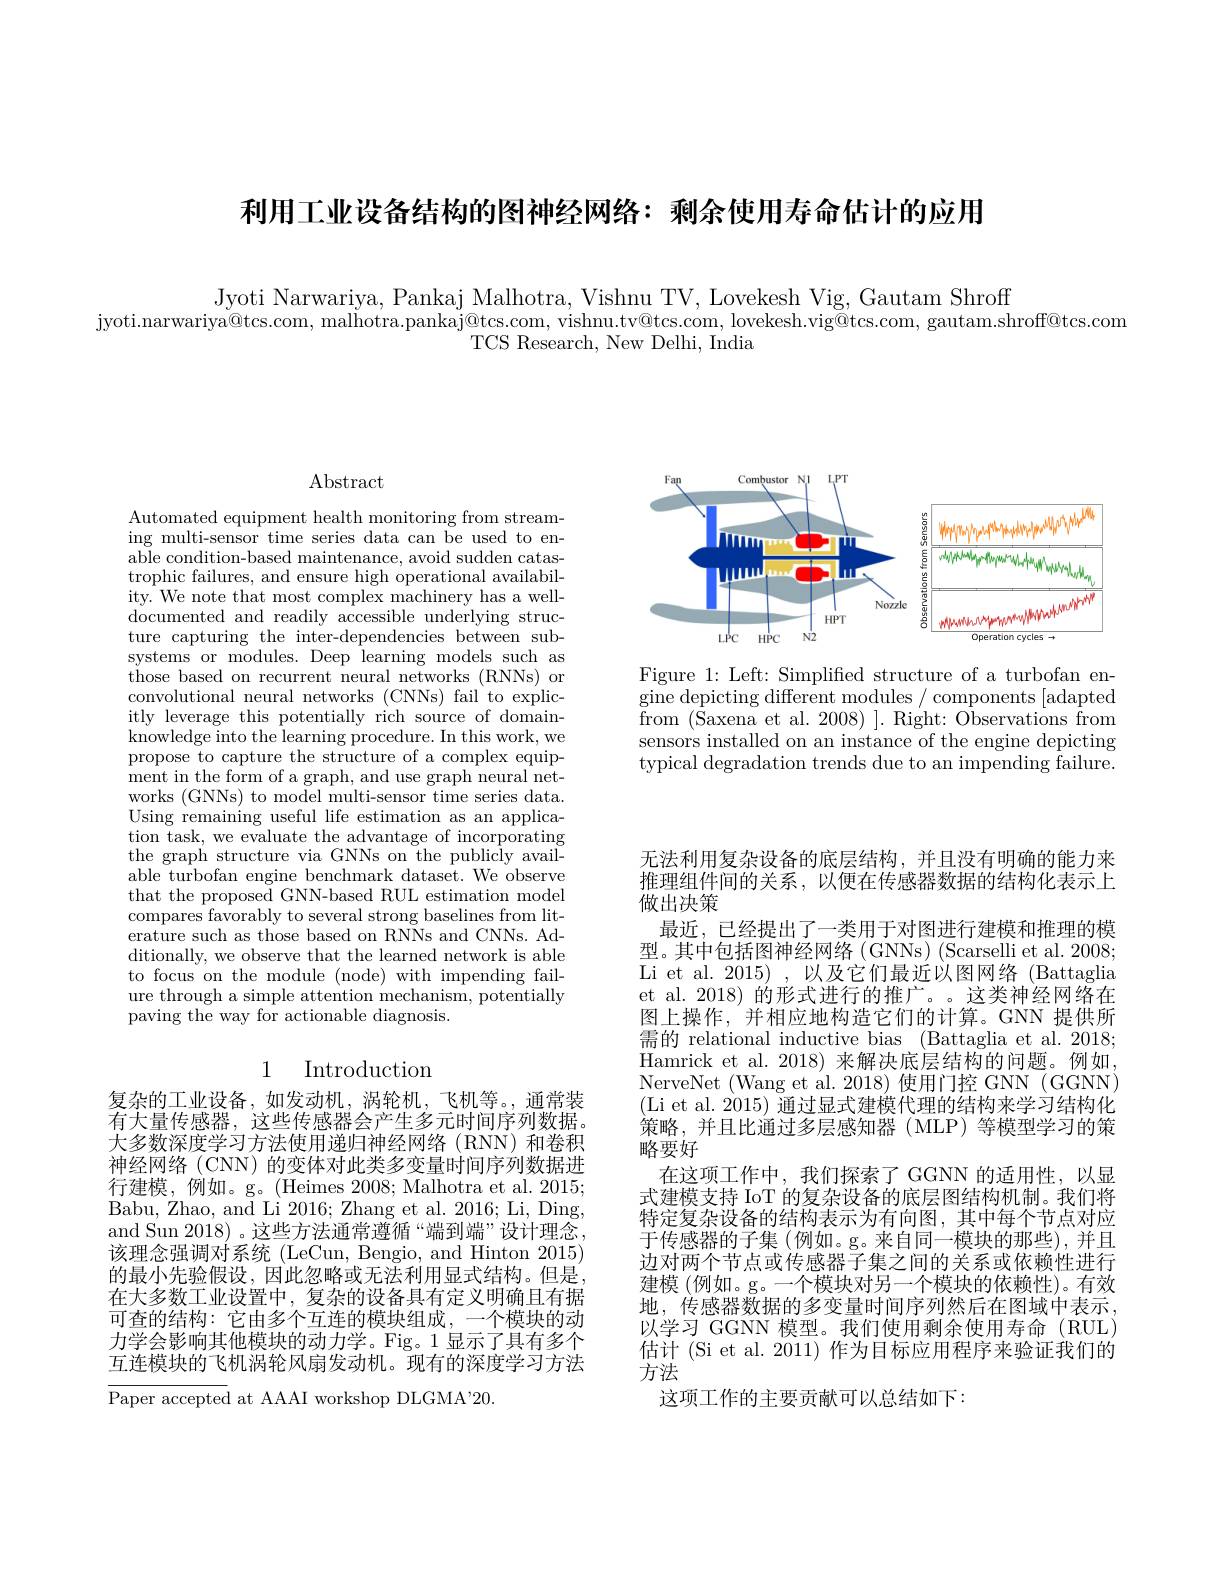
利用工业设备结构的图神经网络：剩余使用寿命估计的应用

Jyoti Narwariya, Pankaj Malhotra, Vishnu TV, Lovekesh Vig, Gautam Shroff
jyoti.narwariya@tcs.com, malhotra.pankaj@tcs.com, vishnu.tv@tcs.com, lovekesh.vig@tcs.com, gautam.shroff@tcs.com
TCS Research, New Delhi, India

<FigureHere>

Figure 1: Left: Simplified structure of a turbofan engine depicting different modules / components [adapted from (Saxena et al. 2008) ]. Right: Observations from sensors installed on an instance of the engine depicting typical degradation trends due to an impending failure.

# Abstract

Automated equipment health monitoring from streaming multi-sensor time series data can be used to enable condition-based maintenance, avoid sudden catastrophic failures, and ensure high operational availability. We note that most complex machinery has a welldocumented and readily accessible underlying structure capturing the inter-dependencies between subsystems or modules. Deep learning models such as those based on recurrent neural networks (RNNs) or convolutional neural networks (CNNs) fail to explicitly leverage this potentially rich source of domainknowledge into the learning procedure. In this work, we propose to capture the structure of a complex equipment in the form of a graph, and use graph neural networks (GNNs) to model multi-sensor time series data. Using remaining useful life estimation as an application task, we evaluate the advantage of incorporating the graph structure via GNNs on the publicly available turbofan engine benchmark dataset. We observe that the proposed GNN-based RUL estimation model compares favorably to several strong baselines from lit- $\hat{\text{erature such as those based on RNNs and CNNs. Ad-}}$ ditionally, we observe that the learned network is able to focus on the module (node) with impending failure through a simple attention mechanism, potentially paving the way for actionable diagnosis.

## 1 Introduction

复杂的工业设备，如发动机，涡轮机，飞机等。,通常装有大量传感器，这些传感器会产生多元时间序列数据。大多数深度学习方法使用递归神经网络(RNN)和卷积神经网络 (CNN) 的变体对此类多变量时间序列数据进行建模，例如。g。(Heimes 2008; Malhotra et al. 2015; Babu, Zhao, and Li 2016; Zhang et al. 2016; Li, Ding, and Sun 2018) 。这些方法通常遵循“端到端”设计理念， 该理念强调对系统 (LeCun, Bengio, and Hinton 2015) 的最小先验假设，因此忽略或无法利用显式结构。但是在大多数工业设置中，复杂的设备具有定义明确且有据可查的结构：它由多个互连的模块组成，一个模块的动力学会影响其他模块的动力学。Fig。1 显示了具有多个互连模块的飞机涡轮风扇发动机。现有的深度学习方法

Paper accepted at AAAI workshop DLGMA'20.

无法利用复杂设备的底层结构，并且没有明确的能力来推理组件间的关系，以便在传感器数据的结构化表示上做出决策
最近，已经提出了一类用于对图进行建模和推理的模型。其中包括图神经网络(GNNs)(Scarselli et al. 2008; Li et al. 2015) , 以及它们最近以图网络 (Battaglia et al. 2018) 的形式进行的推广。。这类神经网络在图上操作，并相应地构造它们的计算。GNN 提供所需的 relational inductive bias (Battaglia et al. 2018; Hamrick et al. 2018) 来解决底层结构的问题。例如， NerveNet (Wang et al. 2018) 使用门控 GNN (GGNN) (Li et al. 2015) 通过显式建模代理的结构来学习结构化策略，并且比通过多层感知器(MLP)等模型学习的策略要好
在这项工作中，我们探索了 GGNN 的适用性，以显式建模支持 IoT 的复杂设备的底层图结构机制。我们将特定复杂设备的结构表示为有向图，其中每个节点对应于传感器的子集(例如。g。来自同一模块的那些),并且边对两个节点或传感器子集之间的关系或依赖性进行建模 (例如。g。一个模块对另一个模块的依赖性)。有效地，传感器数据的多变量时间序列然后在图域中表示， 以学习 GGNN 模型。我们使用剩余使用寿命(RUL) 估计(Si et al. 2011) 作为目标应用程序来验证我们的方法
这项工作的主要贡献可以总结如下：